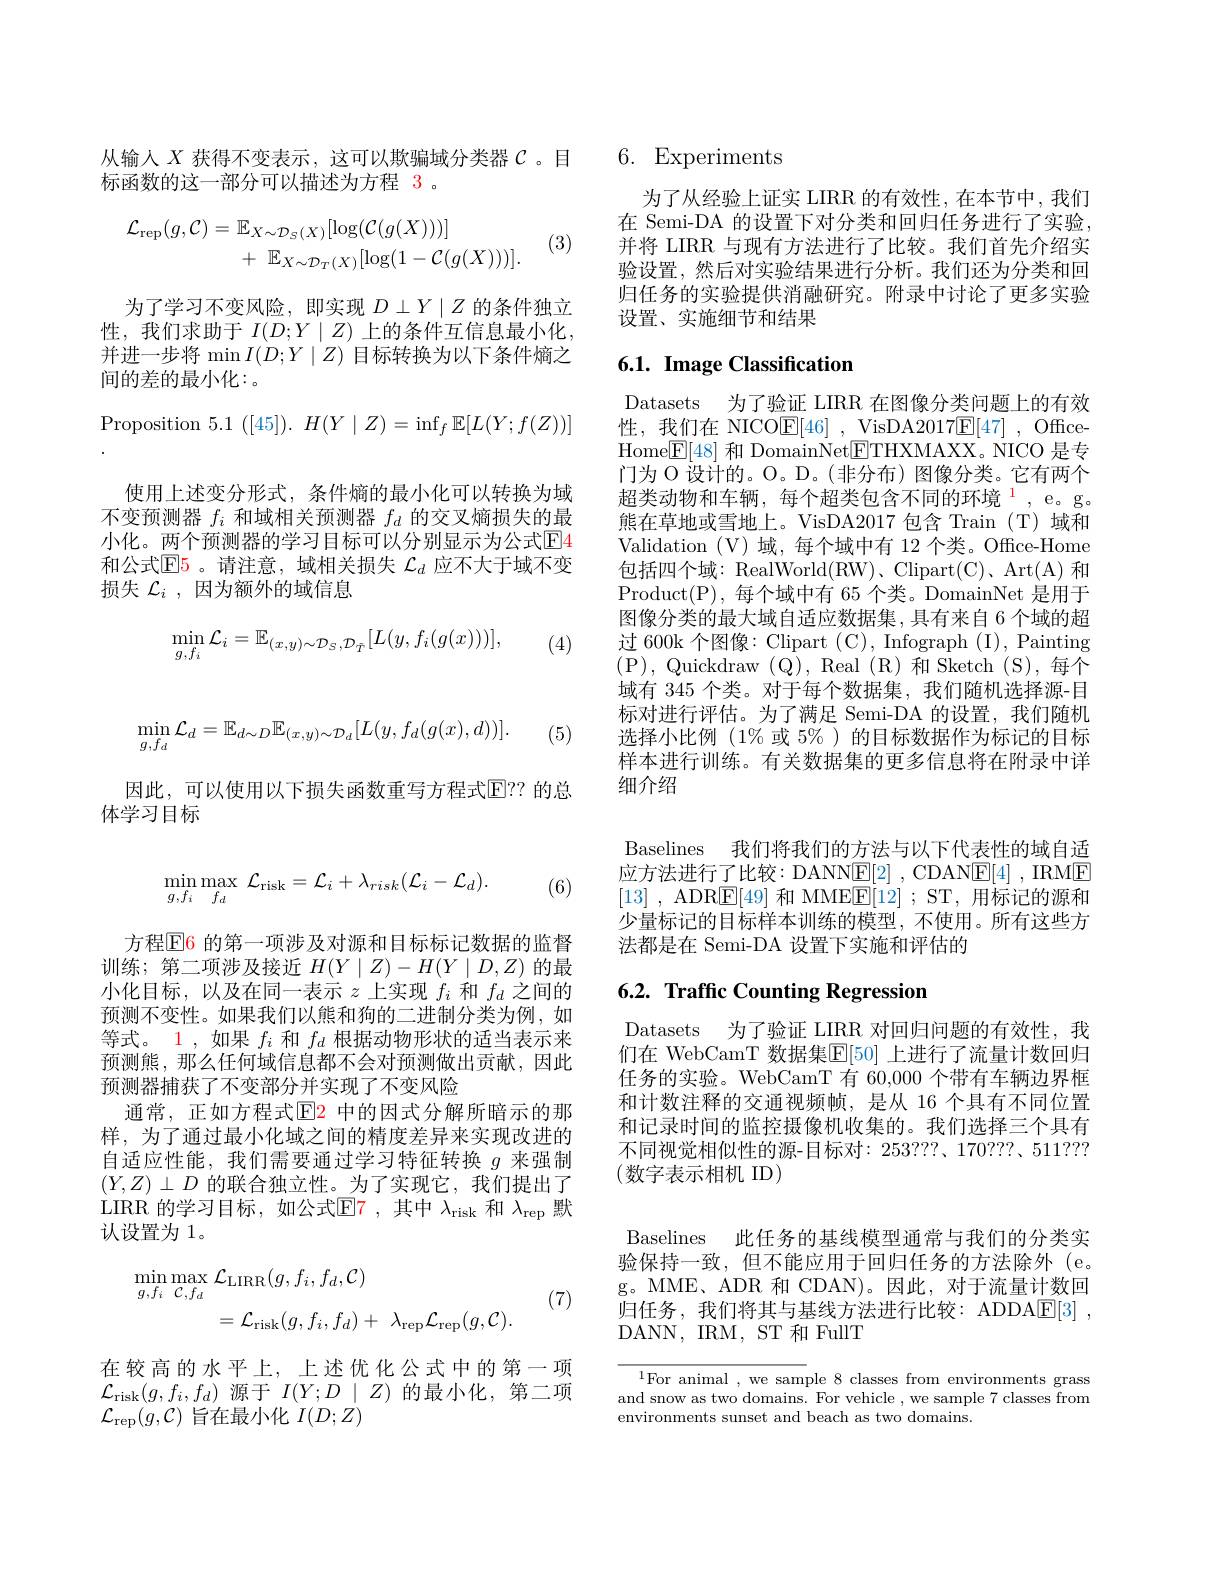
$$\min_{g,f_d}\mathcal{L}_d=\mathbb{E}_{d\sim D}\mathbb{E}_{(x,y)\sim\mathcal{D}_d}[L(y,f_d(g(x),d))].$$
(5)

因此，可以使用以下损失函数重写方程式$\boxed{\mathrm{E}}??$ 的总
体学习目标
$$\min\limits_{g,f_i}\max\limits_{f_d}\mathcal{L}_{\mathrm{risk}}=\mathcal{L}_i+\lambda_{risk}(\mathcal{L}_i-\mathcal{L}_d).$$
(6)

方程$\color{red}{\mathrm{E}}$6 的第一项涉及对源和目标标记数据的监督训练；第二项涉及接近$H(Y\mid Z)-H(Y\mid D,Z)$的最小化目标，以及在同一表示$z$上实现$f_i$和$f_d$之间的预测不变性。如果我们以熊和狗的二进制分类为例，如等式。1 , 如果$f_i$和$f_d$根据动物形状的适当表示来预测熊，那么任何域信息都不会对预测做出贡献，因此预测器捕获了不变部分并实现了不变风险
通常，正如方程式$\color{red}{\mathrm{E}}\color{blue}{\mathrm{P}}$中的因式分解所暗示的那样，为了通过最小化域之间的精度差异来实现改进的自适应性能，我们需要通过学习特征转换$g$来强制$(Y,Z)\perp D$的联合独立性。为了实现它，我们提出了LIRR 的学习目标，如公式$\mathbb{E}$7,其中$\lambda_\mathrm{risk}$和$\lambda_\mathrm{rep}$默认设置为 1。
$$\begin{aligned}\operatorname*{min}_{g,f_{i}}\operatorname*{max}_{\mathcal{C},f_{d}}&\mathcal{L}_{\mathrm{LIRR}}(g,f_{i},f_{d},\mathcal{C})\\&=\mathcal{L}_{\mathrm{risk}}(g,f_{i},f_{d})+\:\lambda_{\mathrm{rep}}\mathcal{L}_{\mathrm{rep}}(g,\mathcal{C}).\end{aligned}$$
(7)

在较高的水平上，上述优化公式中的第一项$\mathcal{L}_{\mathrm{risk}}(g,f_{i},f_{d})$源于$I(Y;D\mid Z)$的最小化，第二项$\mathcal{L} _\mathrm{rep}( g, \mathcal{C} )$旨在最小化$I(D;Z)$

从输人$X$获得不变表示，这可以欺骗域分类器$\mathcal{C}$ 。目
标函数的这一部分可以描述为方程 3 。
$$\begin{aligned}\mathcal{L}_{\mathrm{rep}}(g,\mathcal{C})&=\mathbb{E}_{X\sim\mathcal{D}_{S}(X)}[\log(\mathcal{C}(g(X)))]\\&+\:\mathbb{E}_{X\sim\mathcal{D}_{T}(X)}[\log(1-\mathcal{C}(g(X)))].\end{aligned}$$
(3)

为了学习不变风险，即实现$D\perp Y\mid Z$的条件独立性，我们求助于$I(D;Y\mid Z)$上的条件互信息最小化， 并进一步将 min $I(D;Y\mid Z)$目标转换为以下条件熵之间的差的最小化：。

Proposition 5.1 $([45]).H(Y\mid Z)=\inf_f\mathbb{E}[L(Y;f(Z))]$
使用上述变分形式，条件熵的最小化可以转换为域不变预测器$f_i$和域相关预测器$f_d$的交叉熵损失的最小化。两个预测器的学习目标可以分别显示为公式$\boxed{\mathrm{E}}$4和公式$\mathbb{E}$5。请注意，域相关损失 $\mathcal{L}_d$ 应不大于域不变损失$\mathcal{L}_i$,因为额外的域信息
$$\min_{g,f_{i}}\mathcal{L}_{i}=\mathbb{E}_{(x,y)\sim\mathcal{D}_{S},\mathcal{D}_{\tilde{T}}}[L(y,f_{i}(g(x)))],$$
(4)

## 6. Experiments

为了从经验上证实 LIRR 的有效性，在本节中，我们在 Semi-DA 的设置下对分类和回归任务进行了实验， 并将 LIRR 与现有方法进行了比较。我们首先介绍实验设置，然后对实验结果进行分析。我们还为分类和回归任务的实验提供消融研究。附录中讨论了更多实验设置、实施细节和结果

## 6.1. Image Classification

Datasets 为了验证 LIRR 在图像分类问题上的有效性，我们在 NICO$\underline {\mathrm{E} }[ 46]$ , VisDA2017$\underline {\mathrm{E} }[ 47]$ , OfficeHome$\boxed{\mathrm{F}}[48]$ 和 DomainNet$\boxed{\mathrm{ETHXMAXX。NICO~}}$是专门为 O 设计的。O。D。(非分布) 图像分类。它有两个超类动物和车辆，每个超类包含不同的环境$^{1}$,e。g。熊在草地或雪地上。VisDA2017 包含 Train (T)域和Validation (V) 域，每个域中有 12 个类。Office-Home 包括四个域：RealWorld(RW)、Clipart(C)、Art(A) 和Product(P),每个域中有 65 个类。DomainNet 是用于图像分类的最大域自适应数据集，具有来自 6 个域的超过 600k 个图像：Clipart (C), Infograph (I), Painting (P),Quickdraw(Q),Real(R)和Sketch(S),每个域有 345 个类。对于每个数据集，我们随机选择源-目标对进行评估。为了满足 Semi-DA 的设置，我们随机选择小比例(1%或 5%)的目标数据作为标记的目标样本进行训练。有关数据集的更多信息将在附录中详细介绍

Baselines 我们将我们的方法与以下代表性的域自适应方法进行了比较：DANNE[2]~,~CDANE[4]~,~IRME [13] , ADR$\boxed{\mathrm{E}}[49]$和 MME$\boxed{\mathrm{E} }[ 12]$ ; ST,用标记的源和少量标记的目标样本训练的模型，不使用。所有这些方法都是在 Semi-DA 设置下实施和评估的

## 6.2. Traffic Counting Regression

Datasets 为了验证 LIRR 对回归问题的有效性，我们在 WebCamT 数据集$\mathbb{E}[50]$ 上进行了流量计数回归任务的实验。WebCamT 有 60,000 个带有车辆边界框和计数注释的交通视频帧，是从 16 个具有不同位置和记录时间的监控摄像机收集的。我们选择三个具有不同视觉相似性的源-目标对：253???、170???、511??? (数字表示相机 ID)

Baselines 此任务的基线模型通常与我们的分类实验保持一致，但不能应用于回归任务的方法除外(e。g。MME、ADR 和 CDAN)。因此，对于流量计数回归任务，我们将其与基线方法进行比较：ADDA$\underline {\mathrm{E} }[ 3]$ , DANN, IRM, ST 和 FullT

$^{1}$For animal , we sample 8 classes from environments grass and snow as two domains. For vehicle , we sample 7 classes from environments sunset and beach as two domains.